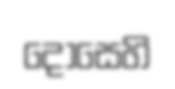
දොසෙහි